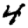
Digit: 4